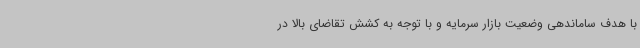
با هدف ساماندهی وضعیت بازار سرمایه و با توجه به کشش تقاضای بالا در